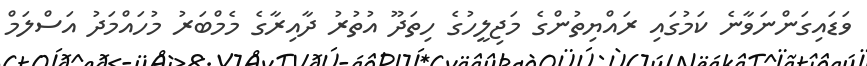
ވަޑައިގަންނަވާނެ ކަމުގައި ރައްޔިތުންގެ މަޖިލީހުގެ ހިތަދޫ އުތުރު ދާއިރާގެ މެމްބަރު މުހައްމަދު އަސްލަމް